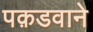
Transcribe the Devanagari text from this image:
पक़डवाने